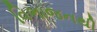
વિભાજનથી